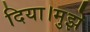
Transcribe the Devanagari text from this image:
दिया।मुझे